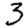
Digit: 3